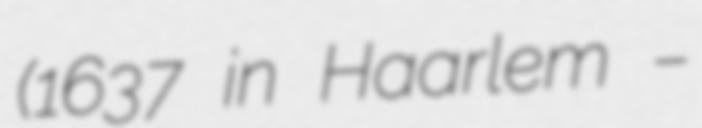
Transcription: (1637 in Haarlem –